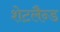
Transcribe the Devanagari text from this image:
शेटलैन्ड